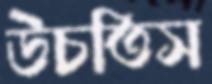
উচতিস